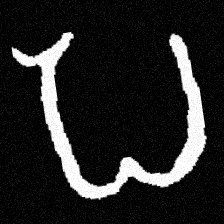
Pyu character \u2014 Myanmar letter: ပ (romanized: pa)